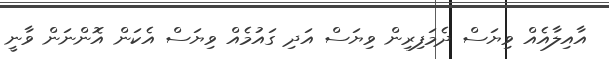
އާއިލާއެއް ވިޔަސް ދެމަފިރިން ވިޔަސް އަދި ގައުމެއް ވިޔަސް އެކަން އޮންނަން ވާނީ